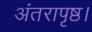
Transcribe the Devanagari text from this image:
अंतरापृष्ठ।